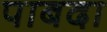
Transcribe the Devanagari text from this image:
पाबदा